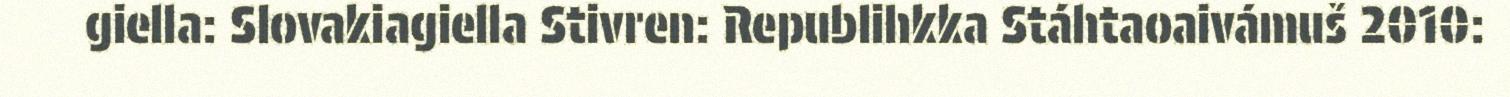
giella: Slovakiagiella Stivren: Republihkka Stáhtaoaivámuš 2010: